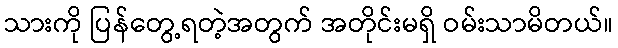
သားကို ပြန်တွေ့ရတဲ့အတွက် အတိုင်းမရှိ ဝမ်းသာမိတယ်။